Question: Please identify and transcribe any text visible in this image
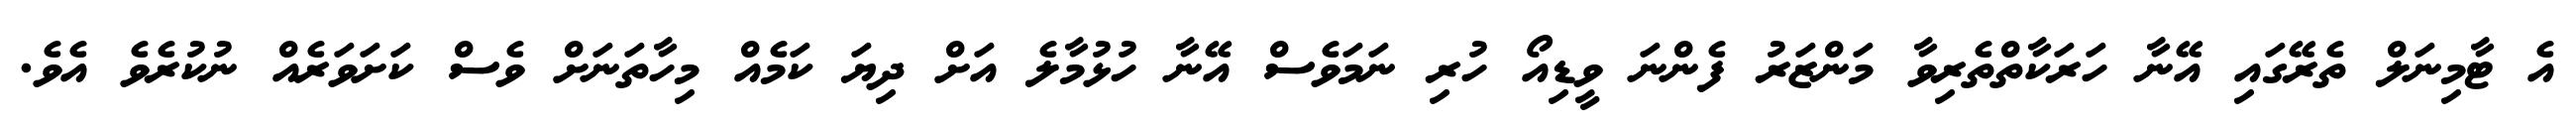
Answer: އެ ޓާމިނަލް ތެރޭގައި އޭނާ ހަރަކާތްތެރިވާ މަންޒަރު ފެންނަ ވީޑިއޯ ހުރި ނަމަވެސް އޭނާ ހުޅުމާލެ އަށް ދިޔަ ކަމެއް މިހާތަނަށް ވެސް ކަށަވަރެއް ނުކުރެވެ އެވެ.